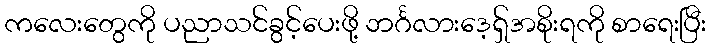
ကလေးတွေကို ပညာသင်ခွင့်ပေးဖို့ ဘင်္ဂလားဒေ့ရှ်အစိုးရကို စာရေးပြီး